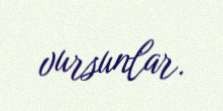
vursunlar.